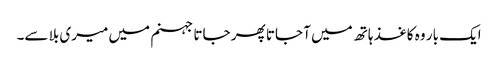
ایک بار وہ کاغذ ہاتھ میں آ جاتا پھر جاتا جہنم میں میری بلا سے۔